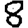
Digit: 8